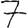
Digit: 7